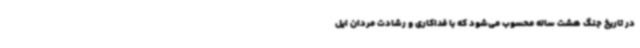
در تاریخ جنگ هشت ساله محسوب می‌شود که با فداکاری و رشادت مردان ایل